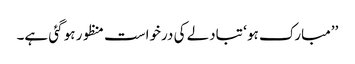
’’مبارک ہو ‘ تبادلے کی درخواست منظور ہو گئی ہے۔